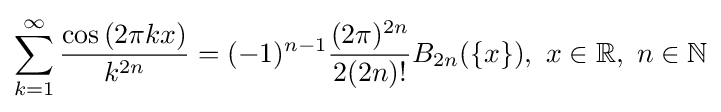
\sum \limits _{k=1}^{\infty }{\frac {\cos \left(2\pi kx\right)}{k^{2n}}}=(-1)^{n-1}{\frac {(2\pi )^{2n}}{2(2n)!}}B_{2n}(\{x\}),\ x\in \mathbb {R} ,\ n\in \mathbb {N}